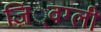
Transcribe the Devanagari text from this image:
ज़िं्वग्ली